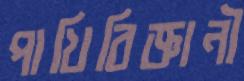
পাখিবিজ্ঞানী